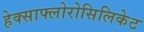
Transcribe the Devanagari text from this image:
हेक्साफ्लोरोसिलिकेट